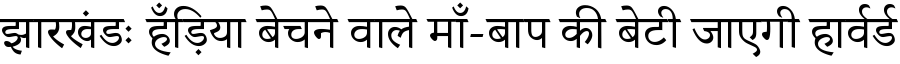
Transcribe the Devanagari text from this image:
झारखंडः हँड़िया बेचने वाले माँ-बाप की बेटी जाएगी हार्वर्ड